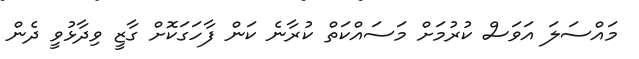
މައްސަލަ އަވަސް ކުރުމަށް މަސައްކަތް ކުރާނެ ކަން ފާހަގަކޮށް ގާޒީ ވިދާޅުވީ ދެން